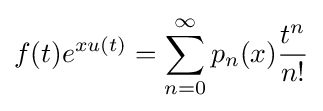
f(t)e^{xu(t)}=\sum _{n=0}^{\infty }p_{n}(x){\frac {t^{n}}{n!}}